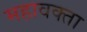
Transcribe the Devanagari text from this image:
महावक्ता